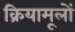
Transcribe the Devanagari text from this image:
क्रियामूलों